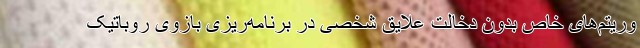
وریتم‌های خاص بدون دخالت علایق شخصی در برنامه‌ریزی بازوی روباتیک